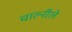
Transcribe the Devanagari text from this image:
चाल्नीले